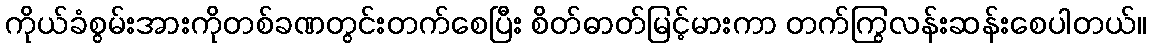
ကိုယ်ခံစွမ်းအားကိုတစ်ခဏတွင်းတက်စေပြီး စိတ်ဓာတ်မြင့်မားကာ တက်ကြွလန်းဆန်းစေပါတယ်။